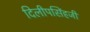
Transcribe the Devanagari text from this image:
दिलीपसिंहजी